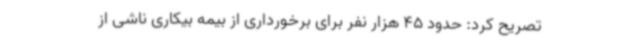
تصریح کرد: حدود 45 هزار نفر برای برخورداری از بیمه بیکاری ناشی از